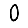
Digit: 0